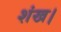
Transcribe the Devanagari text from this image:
शंख।